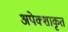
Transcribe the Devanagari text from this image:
अपेक्शाकृत